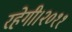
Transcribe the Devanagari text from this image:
रहेगी।२०११